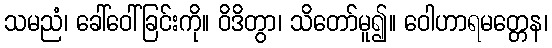
သမညံ၊ ခေါ်ဝေါ်ခြင်းကို။ ဝိဒိတွာ၊ သိတော်မူ၍။ ဝေါဟာရမတ္တေန၊